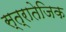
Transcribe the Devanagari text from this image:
स्त्रातेजिक